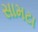
સામટા